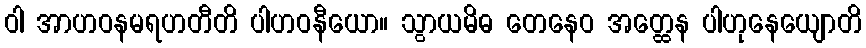
ဝါ အာဟဝနမရဟတီတိ ပါဟဝနီယော။ သွာယမိဓ တေနေဝ အတ္ထေန ပါဟုနေယျောတိ